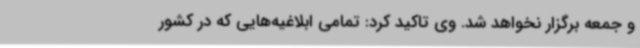
و جمعه برگزار نخواهد شد. وی تاکید کرد: تمامی ابلاغیه‌هایی که در کشور